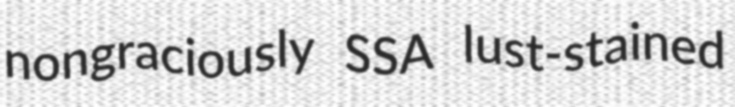
nongraciously SSA lust-stained